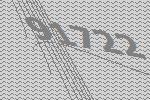
91722